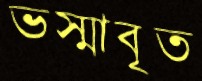
ভস্মাবৃত